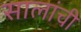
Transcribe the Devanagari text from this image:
सालांची